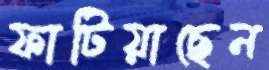
ফাটিয়াছেন